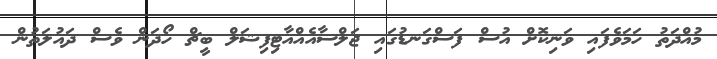
މުއްދަތު ހަމަވެފައި ވަނިކޮށް އުސް ފަސްގަނޑުގައި ޖަލްސާއެއްއާޓިފިޝަލް ބީޗް ހޯދަން ވެސް ދައުލަތުން